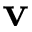
\mathbf { v }